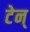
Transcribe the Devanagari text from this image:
टेन्